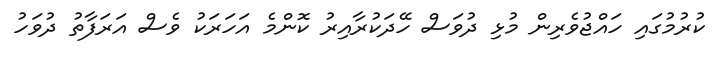
ކުރުމުގައި ހައްޖުވެރިން މުޅި ދުވަސް ހޭދަކުރާއިރު ކޮންމެ އަހަރަކު ވެސް އަރަފާތު ދުވަހު